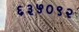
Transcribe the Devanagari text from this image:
६३५०९२